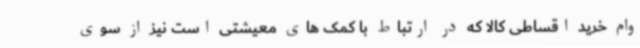
وام خرید اقساطی کالا که در ارتباط با کمک های معیشتی است نیز از سوی